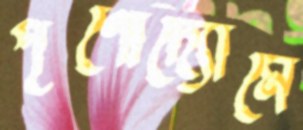
পূর্ণোদ্যোমে